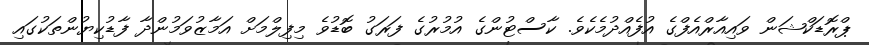
ޕްރޮޑަކްޝަން ވައިއާރްއެފްގެ އުފެއްދުމެކެވެ. ކާސްޓުންގެ އުމުރުގެ ފަރަގު ބޮޑުވެ މިފިލްމަށް އަމާޒުވަމުންދާ ފާޑުކިޔުންތަކުގައި